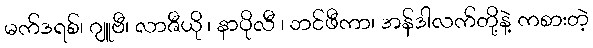
မက်ဒရစ်၊ ဂျူဗီ၊ လာဇီယို ၊ နာပိုလီ ၊ ဘင်ဖီကာ၊ အန်ဒါလက်တို့နဲ့ ကစားတဲ့